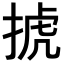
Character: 𢮎